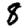
Digit: 8